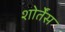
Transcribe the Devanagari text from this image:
शोर्तेंस